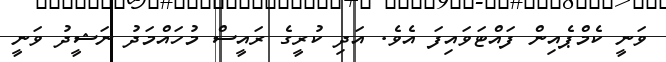
ވަނީ ކެމްޕެއިން ފައްޓަވައިފަ އެވެ. އަދި ކުރީގެ ރައީސް މުހައްމަދު ނަޝީދު ވަނީ